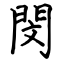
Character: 閔